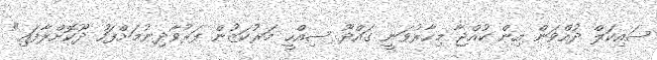
ސައިކަލް ދުއްވަން އިން ކުއްޖާ މިހާރުވަނީ ގައްދޫ ސިއްހީ މަރުކަޒުން ފަރުވާދިނުމަށްފަހު ދޫކޮށްލާފައި"